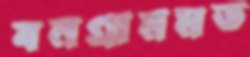
বনগ্রামমড